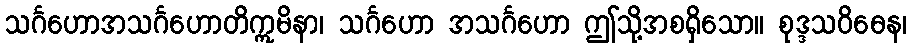
သင်္ဂဟောအသင်္ဂဟောတိဣမိနာ၊ သင်္ဂဟော အသင်္ဂဟော ဤသို့အစရှိသော။ စုဒ္ဒသဝိဓေန၊